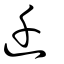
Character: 迁